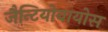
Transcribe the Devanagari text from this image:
जैन्टियोबायोस